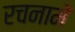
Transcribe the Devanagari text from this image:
रचनामें